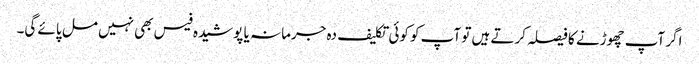
اگر آپ چھوڑنے کا فیصلہ کرتے ہیں تو آپ کو کوئی تکلیف دہ جرمانہ یا پوشیدہ فیس بھی نہیں مل پائے گی۔